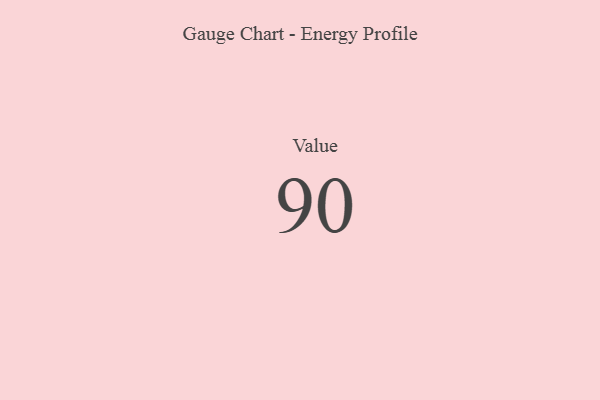
{"axis": {"x": "Metric", "y": "Value"}, "legend": [""], "data": [{"x": "Value", "y": 90, "type": ""}]}